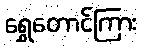
ရွှေတောင်ကြား